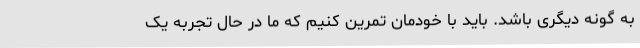
به گونه دیگری باشد. باید با خودمان تمرین کنیم که ما در حال تجربه یک